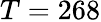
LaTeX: T=268